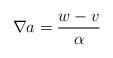
LaTeX: \begin{align*}\nabla a =\frac{w-v}\alpha\end{align*}